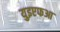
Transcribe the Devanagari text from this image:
युइएफआ